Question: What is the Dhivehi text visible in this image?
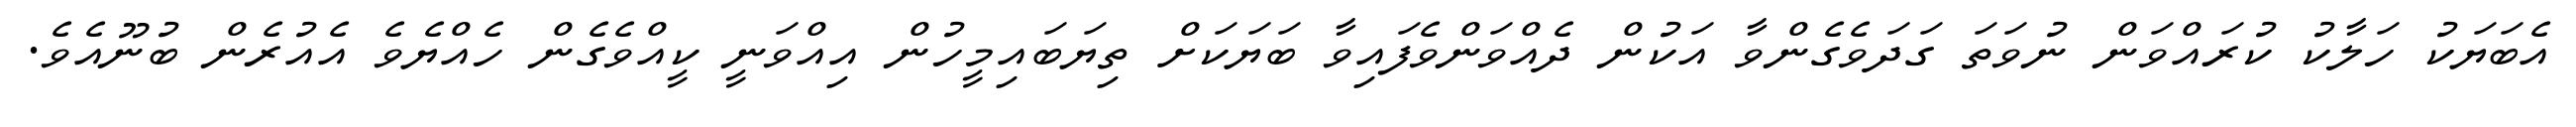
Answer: އެބަޔަކު ހަލާކު ކުރައްވަން ނުވަތަ ގަދަވެގެންވާ އަކުން ދެއްވަންވެފައިވާ ބަޔަކަށް ތިޔަބައިމީހުން އިއްވަނީ ކީއްވެގެން ހެއްޔެވެ އެއުރެން ބުނޫއެވެ.